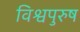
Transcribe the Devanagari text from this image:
विश्वपुरुष